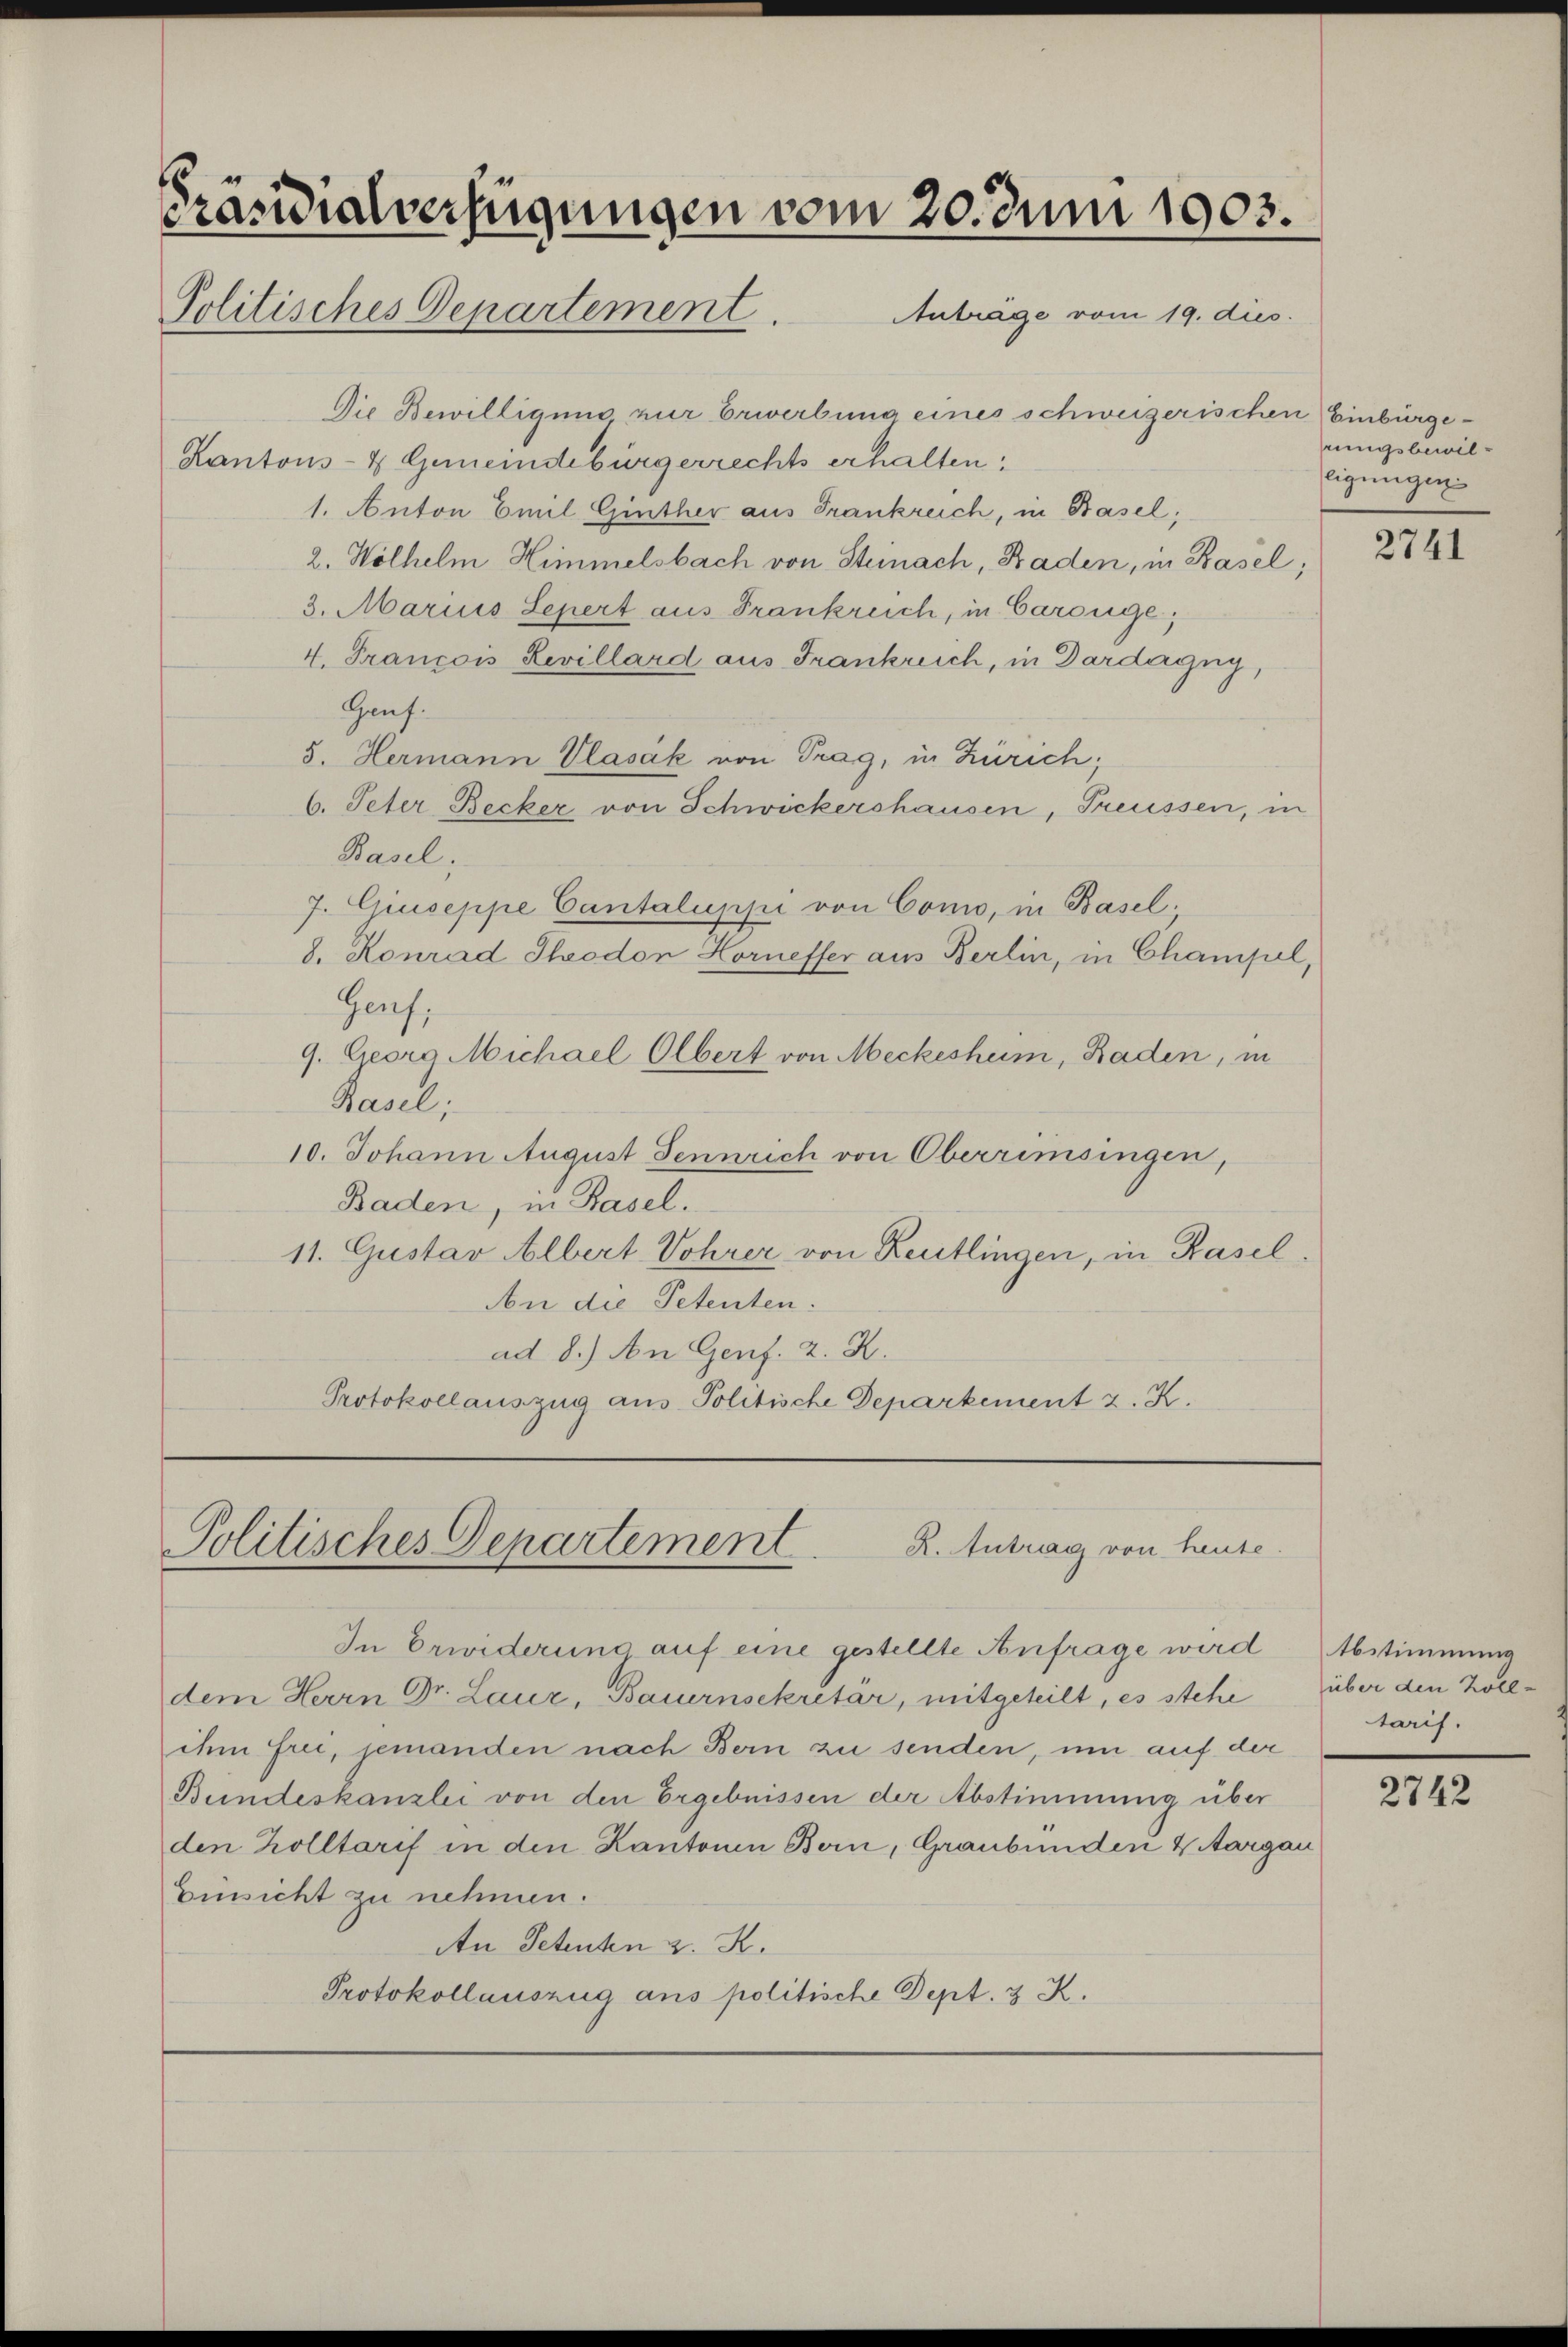
s

Präsidialverfügungen vom 20. Juni 1903.
Politisches Departement.
Anträge vom 19. dies.

Die Bewilligung zur Erwerbung eines schweizerischen Einbürge¬
Kantons- & Gemeindebürgerrechts erhalten,
1. Anton Emil Ginther aus Frankreich, in Basel;
2. Hölhelm Himmelsbach von Steinach, Baden, in Basel;
3. Marius Lepert aus Frankreich, in Carouge;
4. François Revillard aus Frankreich, in Dardagny,
Gauf.
5. Hermann Vlasák von Trag, in Zürich;
6. Peter Becker von Schwickershausen, Treussen, in
Basel;
7. Giuseppe Cantaluppi von Como, in Basel
8. Konrad Theodon Horneffer aus Berlin, in Champel,
Genf,
9. Georg Michael Olbert von Meckeshum, Baden, in
Basel;
10. Johann August Jennrich von Oberrimsingen,
Baden, in Basel.
11. Gustav Albert Vohrer von Reutlingen, in Kasel.
An die Petenten.
ad 8.) An Genf. 2. R.
Protokollauszug aus Politische Departement z. K.

Politisches Departement
R. Antrag von heute.

In Erwiderung auf eine gestellte Anfrage wird Abstimmung
dem Herrn Dr. Laur, Bauernsekretär, mitgeteilt, es stehe über den Zollihm frei, jemanden nach Bern zu senden, um auf der
Bundeskanzlei von den Ergebnissen der Abstimmung über
den Zolltarif in den Kantonen Bern, Graubünden & Aargau
Einsicht zu nehmen.
An Petenten z. R.
Protokollauszug aus politische Dept. 3 K.

rungsbewilligungen

2741

tarif.

2742